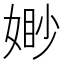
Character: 𭒈